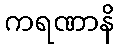
ကရဏာနိ